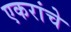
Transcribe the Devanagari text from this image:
एकरांचे